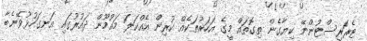
ޓެރަރިސްޓުންނޭ ކިޔާގެން ތިގޮތައް މީގެ އަހަރުތަކެއް ކުރިން އެއްކަލަ މައުމޫން ދައުރުގައި އަނގަހުޅުވޭނެބާ